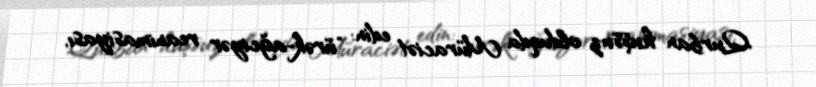
Qurban huşsuz olduqda Müraciət edin: "ürək-ağciyər reanimasiyası,